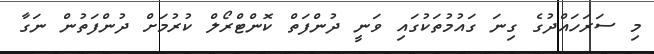
މި ސަރަހައްދުގެ ގިނަ ގައުމުތަކުގައި ވަނީ ދުންފަތް ކޮންޓްރޯލް ކުރުމަށް ދުންފަތުން ނަގާ